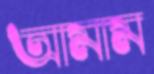
আমাম